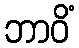
ဘာဝိံ